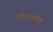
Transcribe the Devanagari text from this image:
लोचकता